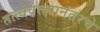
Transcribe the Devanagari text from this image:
तत्त्ववेत्त्यानंतरचे